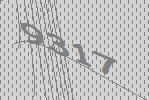
9317